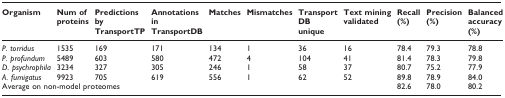
<table><thead><tr><td><b>Organism</b></td><td><b>Num of proteins</b></td><td><b>Predictions by TransportTP</b></td><td><b>Annotations in TransportDB</b></td><td><b>Matches</b></td><td><b>Mismatches</b></td><td><b>TransportDB unique</b></td><td><b>Text mining validated</b></td><td><b>Recall (%)</b></td><td><b>Precision (%)</b></td><td><b>Balanced accuracy (%)</b></td></tr></thead><tbody><tr><td><i>P. torridus</i></td><td>1535</td><td>169</td><td>171</td><td>134</td><td>1</td><td>36</td><td>16</td><td>78.4</td><td>79.3</td><td>78.8</td></tr><tr><td><i>P. profundum</i></td><td>5489</td><td>603</td><td>580</td><td>472</td><td>4</td><td>104</td><td>41</td><td>81.4</td><td>78.3</td><td>79.8</td></tr><tr><td><i>D. psychrophila</i></td><td>3234</td><td>327</td><td>305</td><td>246</td><td>1</td><td>58</td><td>37</td><td>80.7</td><td>75.2</td><td>77.9</td></tr><tr><td><i>A. fumigatus</i></td><td>9923</td><td>705</td><td>619</td><td>556</td><td>1</td><td>62</td><td>52</td><td>89.8</td><td>78.9</td><td>84.0</td></tr><tr><td colspan="8">Average on non-model proteomes</td><td>82.6</td><td>78.0</td><td>80.2</td></tr></tbody></table>